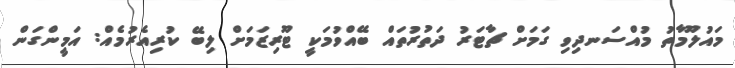
މައުލޫމާތު މުއްސަނދިވި ގަމަށް ޗާޓަރު ދަތުރުތައް ބޭއްވުމަކީ ޓޫރިޒަމަށް ލިބޭ ކުރިއެރުމެއް: އަމީންގަން